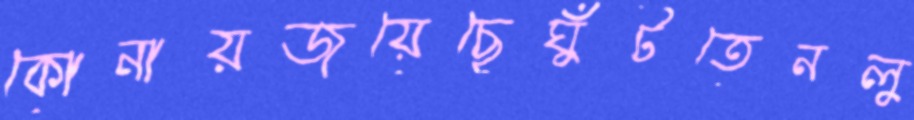
কোনায়জয়েছেঘুঁটতেনলু